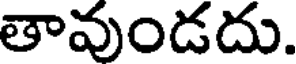
తావుండదు.